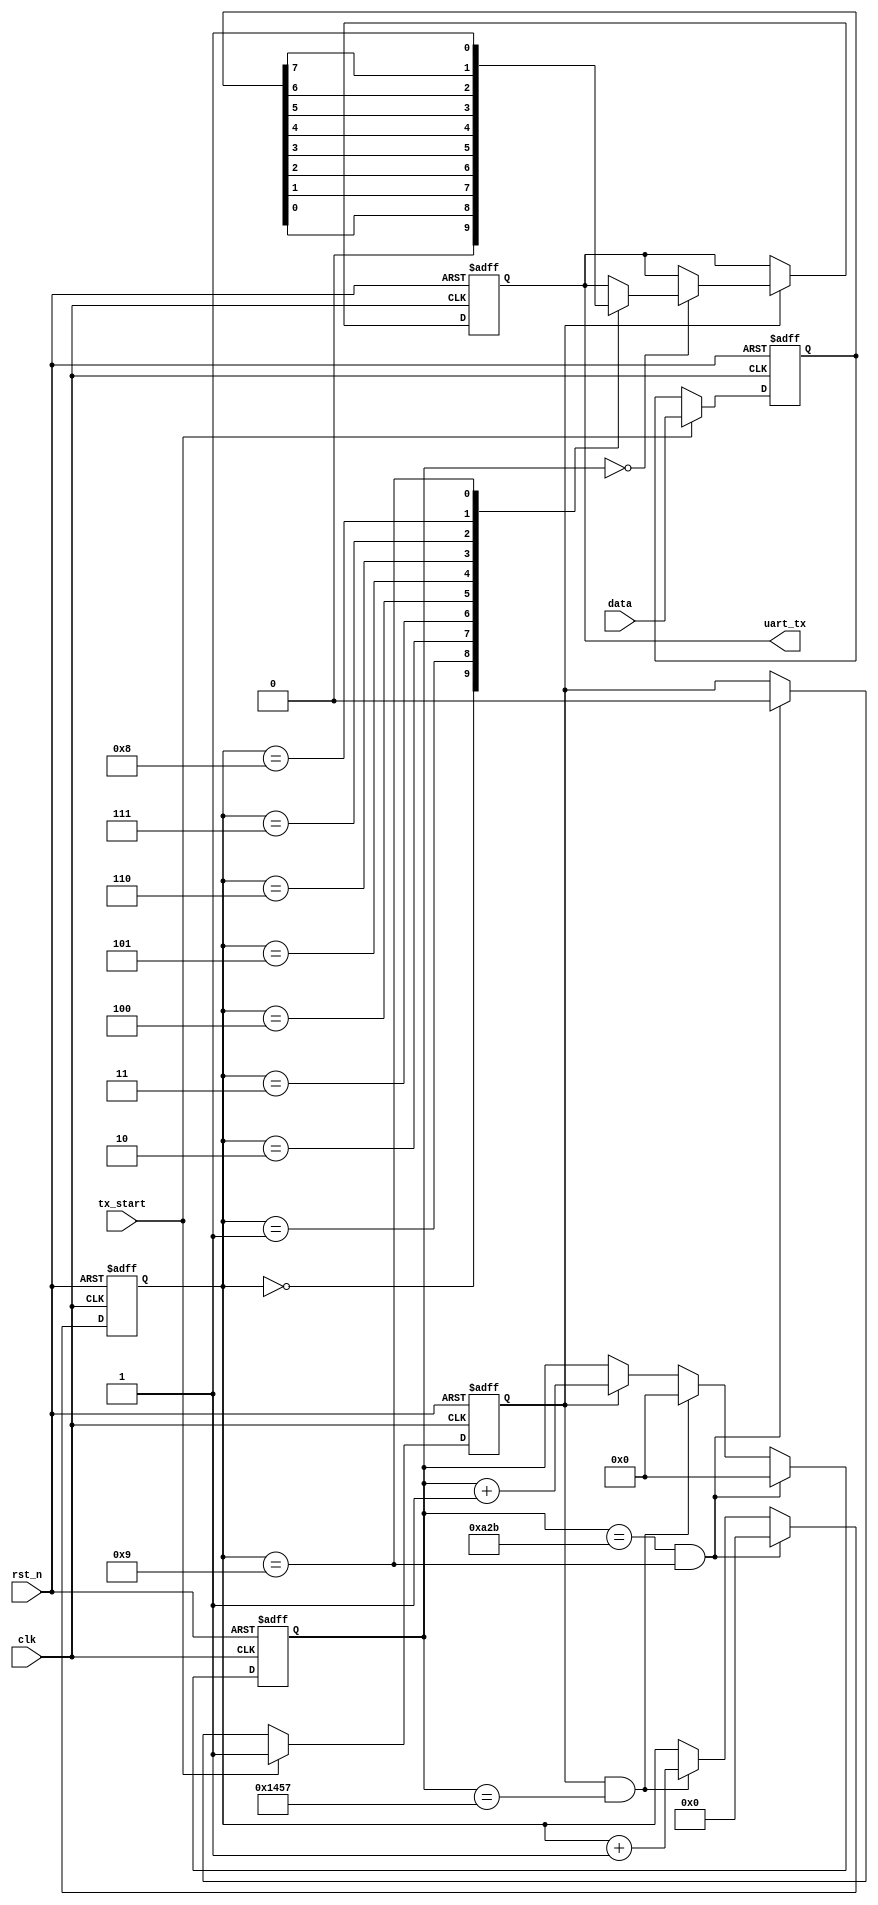
//:9600 8
//time:2019.11.13.22.41
module uart_tx(
 input            clk    ,
 input            rst_n  ,
 output   reg     uart_tx,
 input    [7:0]   data,
 input            tx_start
 );
 
 
parameter   CLK_FREQ = 50000000;                 
parameter   UART_BPS = 9600;     //                 
localparam  PERIOD   = CLK_FREQ/UART_BPS;  
 
reg [7:0] tx_data;        //
reg start_tx_flag;        //
 
//PERIOD
reg   [15:0]   cnt0;
wire           add_cnt0;
wire           end_cnt0;
 
//
reg   [3:0]    cnt1;
wire           add_cnt1;
wire           end_cnt1;
 
 
 //
 always  @(posedge clk or negedge rst_n)begin
    if(rst_n==1'b0)begin
        start_tx_flag<=0;
		  tx_data<=0;
    end
    else if(tx_start) begin
        start_tx_flag<=1;    
		  tx_data<=data;      //
		  
    end
    else if(end_cnt1) begin
        start_tx_flag<=0;
    end
end
 
always @(posedge clk or negedge rst_n)begin
    if(!rst_n)begin
        cnt0 <= 0;
    end
	 else if(end_cnt1) begin
	     cnt0 <= 0;
	 end
	 else if(end_cnt0) begin
	     cnt0 <= 0;
	 end
    else if(add_cnt0)begin
        cnt0 <= cnt0 + 1;
    end
end
assign add_cnt0 = start_tx_flag;       
assign end_cnt0 = add_cnt0 && cnt0==PERIOD-1;   //
 
always @(posedge clk or negedge rst_n)begin
    if(!rst_n)begin
        cnt1 <= 0;
    end
	 else if(end_cnt1) begin
	     cnt1 <= 0;
	 end
    else if(add_cnt1)begin
        cnt1 <= cnt1 + 1;
    end
end
 
assign add_cnt1 = end_cnt0 ;    
assign end_cnt1 = (cnt0==((PERIOD-1)/2))&& (cnt1==10-1);   //10
 
always  @(posedge clk or negedge rst_n)begin
      if(rst_n==1'b0)begin
         uart_tx<=1;               //
      end
      else if(start_tx_flag) begin
		  if(cnt0==0)begin
           case(cnt1)
            4'd0:uart_tx<=0;         //      
            4'd1:uart_tx<=tx_data[0]; 
				4'd2:uart_tx<=tx_data[1]; 
            4'd3:uart_tx<=tx_data[2];
            4'd4:uart_tx<=tx_data[3];
            4'd5:uart_tx<=tx_data[4];
            4'd6:uart_tx<=tx_data[5];
            4'd7:uart_tx<=tx_data[6];
            4'd8:uart_tx<=tx_data[7];
            4'd9:uart_tx<=1;       //  
				default:;   
          endcase
        end  
      end 
end
endmodule